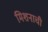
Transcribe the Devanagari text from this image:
मिशनाची